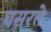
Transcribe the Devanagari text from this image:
घसरते